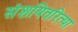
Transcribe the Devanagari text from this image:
संशयितरित्या